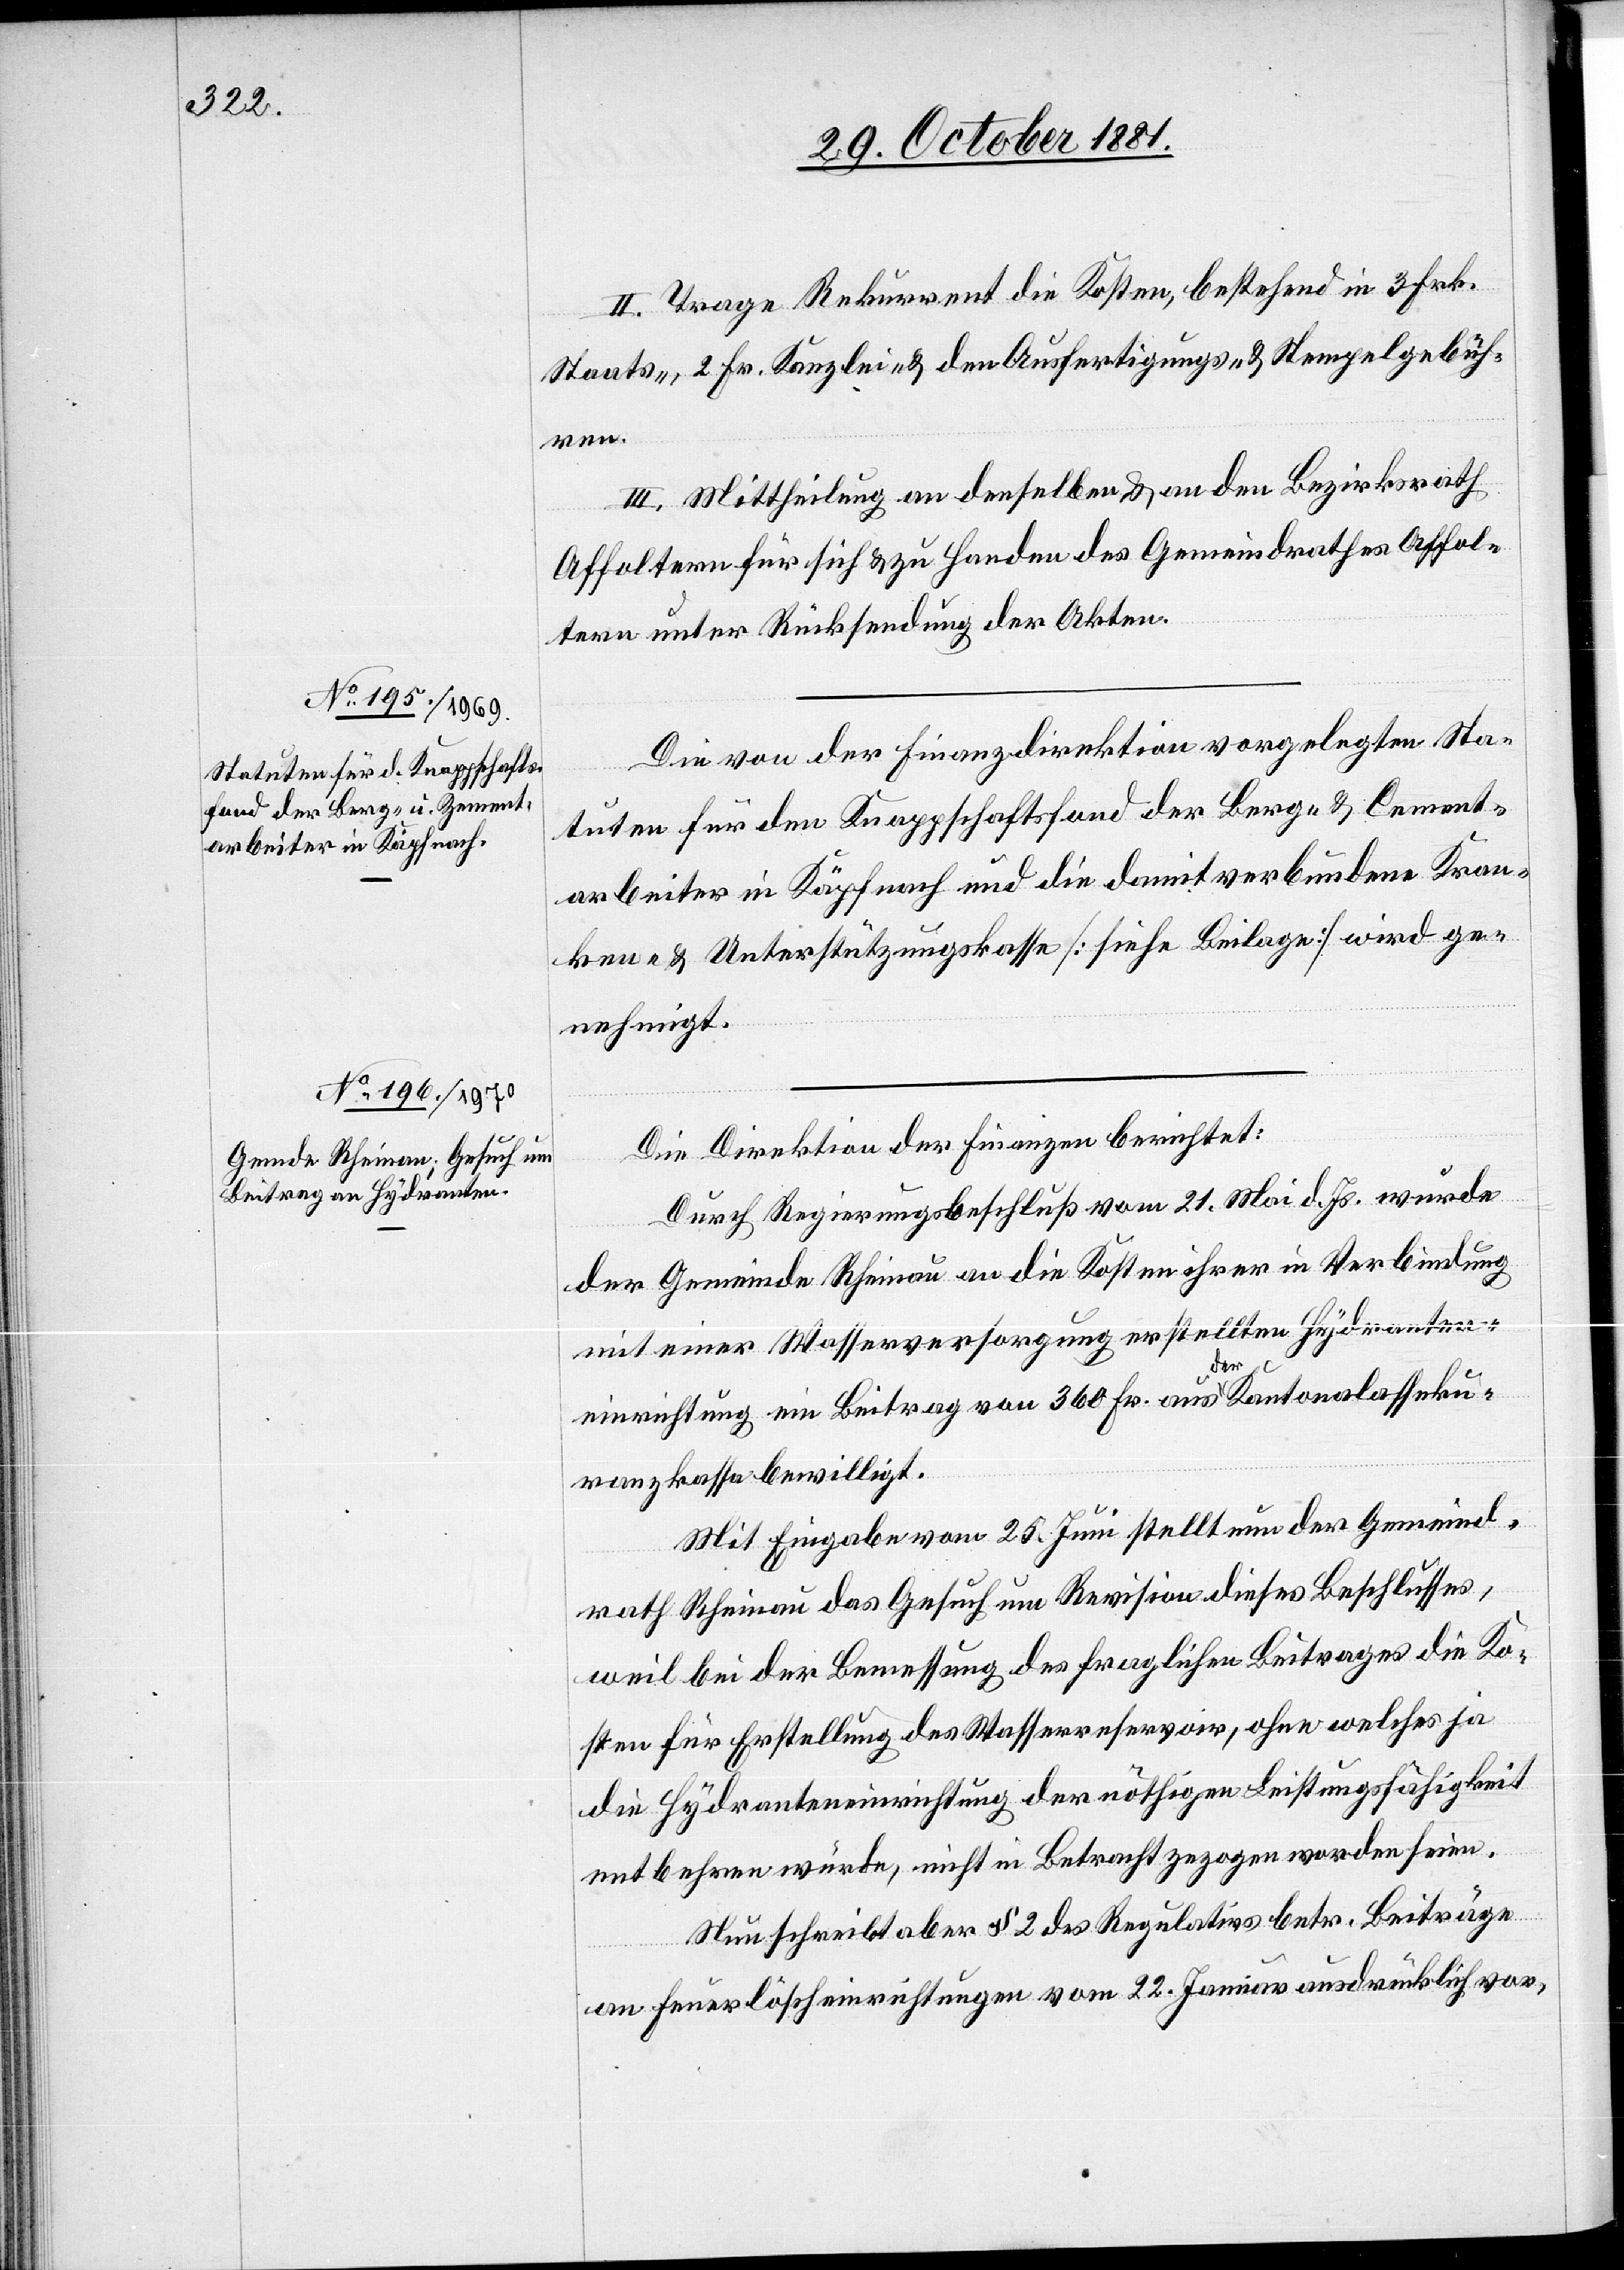
II. Trage Rekurrent die Kosten, bestehend in 3 Frk.
Staats-, 2 Fr. Kanzlei- & den Ausfertigungs- & Stempelgebüh¬
ren.
III. Mittheilung an denselben & an den Bezirksrath
Affoltern für sich & zu Handen des Gemeindrathes Affol¬
tern unter Rücksendung der Akten.
Die von der Finanzdirektion vorgelegten Sta¬
tuten für den Knappschaftsfond der Berg- & Cement¬
arbeiter in Käpfnach und die damit verbundene Kran¬
ken- & Unterstützungskasse [siehe Beilage] wird ge¬
nehmigt.
Die Direktion der Finanzen berichtet:
Durch Regierungsbeschluß vom 21. Mai d. Js. wurde
der Gemeinde Rheinau an die Kosten ihrer in Verbindung
mit einer Wasserversorgung erstellten Hydranten¬
einrichtung ein Beitrag von 360 Fr. aus der Kantonalasseku¬
ranzkasse bewilligt.
Mit Eingabe vom 25. Juni stellt nun der Gemeind¬
rath Rheinau das Gesuch um Revision dieses Beschlusses,
weil bei der Bemessung des fraglichen Beitrages die Ko¬
sten für Erstellung des Wasserreservoir, ohne welches ja
die Hydranteneinrichtung der nöthigen Leistungsfähigkeit
entbehren würde, nicht in Betracht gezogen worden seien.
Nun schreibt aber § 2 des Regulativs betr. Beiträge
an Feuerlöscheinrichtungen vom 22. Januar ausdrücklich vor,